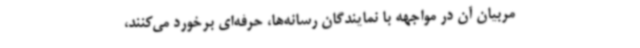
مربیان آن در مواجهه با نمایندگان رسانه‌ها، حرفه‌ای برخورد می‌کنند،